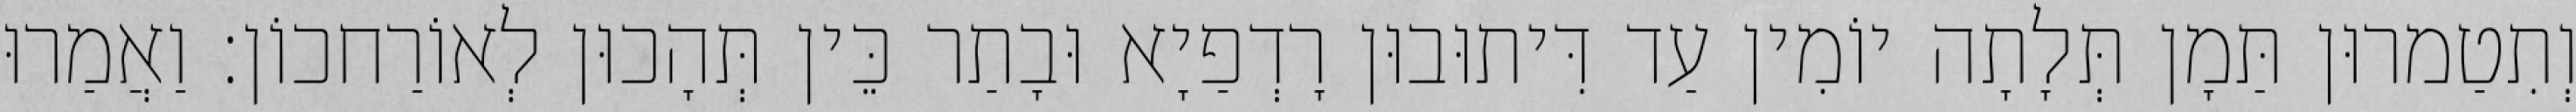
וְתִטַמרוּן תַּמָן תְּלָתָה יוֹמִין עַד דִּיתוּבוּן רָדְפַיָא וּבָתַר כֵּין תְּהָכוּן לְאוֹרַחכוֹן׃ וַאֲמַרוּ